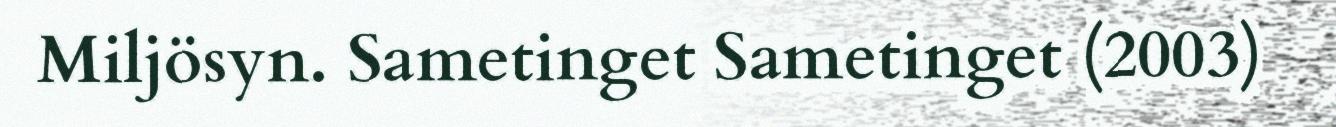
Miljösyn. Sametinget Sametinget (2003)